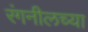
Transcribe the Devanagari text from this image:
रंगनीलच्या